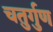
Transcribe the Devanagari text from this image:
चतुर्गुण